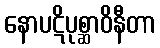
နောပဋိပုစ္ဆာဝိနီတာ